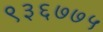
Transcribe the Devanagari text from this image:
९३६७७५